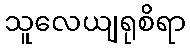
သူလေယျရုစိရာ